Vaccine operations Central Provinces 1868-1885 - 1868-1885
Year: 1868
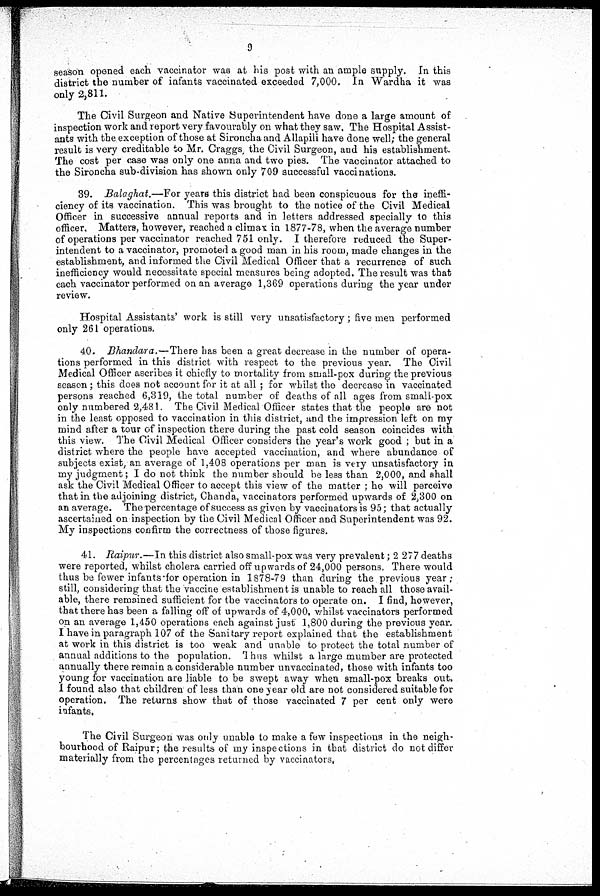
9
season opened each vaccinator was at his post with an ample supply. In this
district the number of infants vaccinated exceeded 7,000. In Wardha it was
only 2,811.
The Civil Surgeon and Native Superintendent have done a large amount of
inspection work and report very favourably on what they saw. The Hospital Assist-
ants with the exception of those at Sironcha and Allapili have done well; the general
result is very creditable to Mr. Craggs the Civil Surgeon, and his establishment.
The cost per case was only one anna and two pies. The vaccinator attached to
the Sironcha sub-division has shown only 709 successful vaccinations.
39. Balaghat.—For years this district had been conspicuous for the ineffi-
ciency of its vaccination. This was brought to the notice of the Civil Medical
Officer in successive annual reports and in letters addressed specially to this
officer. Matters, however, reached a climax in 1877-78, when the average number
of operations per vaccinator reached 751 only. I therefore reduced the Super-
intendent to a vaccinator, promoted a good man in his room, made changes in the
establishment, and informed the Civil Medical Officer that a recurrence of such
inefficiency would necessitate special measures being adopted. The result was that
each vaccinator performed on an average 1,369 operations during the year under
review.
Hospital Assistants' work is still very unsatisfactory; five men performed
only 261 operations.
40. Bhandara.—There has been a great decrease in the number of opera-
tions performed in this district with respect to the previous year. The Civil
Medical Officer ascribes it chiefly to mortality from small-pox during the previous
season; this does not account for it at all ; for whilst the decrease in vaccinated
persons reached 6,319, the total number of deaths of all ages from small-pox
only numbered 2,481. The Civil Medical Officer states that the people are not
in the least opposed to vaccination in this district, and the impression left on my
mind after a tour of inspection there during the past cold season coincides with
this view. The Civil Medical Officer considers the year's work good ; but in a
district where the people have accepted vaccination, and where abundance of
subjects exist, an average of 1,408 operations per man is very unsatisfactory in
my judgment; I do not think the number should be less than 2,000, and shall
ask the Civil Medical Officer to accept this view of the matter ; he will perceive
that in the adjoining district, Chanda, vaccinators performed upwards of 2,300 on
an average. The percentage of success as given by vaccinators is 95; that actually
ascertained on inspection by the Civil Medical Officer and Superintendent was 92.
My inspections confirm the correctness of those figures.
41. Raipur.—In this district also small-pox was very prevalent; 2 277 deaths
were reported, whilst cholera carried off upwards of 24,000 persons. There would
thus be fewer infants-for operation in 1878-79 than during the previous year;
still, considering that the vaccine establishment is unable to reach all those avail-
able, there remained sufficient for the vaccinators to operate on. I find, however,
that there has been a falling off of upwards of 4,000, whilst vaccinators performed
on an average 1,450 operations each against just 1,800 during the previous year.
I have in paragraph 107 of the Sanitary report explained that the establishment
at work in this district is too weak and unable to protect the total number of
annual additions to the population. Thus whilst a large mumber are protected
annually there remain a considerable number unvaccinated, those with infants too
young for vaccination are liable to be swept away when small-pox breaks out,
I found also that children of less than one year old are not considered suitable for
operation. The returns show that of those vaccinated 7 per cent only were
infants.
The Civil Surgeon was only unable to make a few inspections in the neigh-
bourhood of Raipur; the results of my inspections in that district do not differ
materially from the percentages returned by vaccinators,